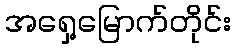
အရှေ့မြောက်တိုင်း